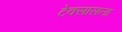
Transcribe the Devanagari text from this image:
टेक्सासला